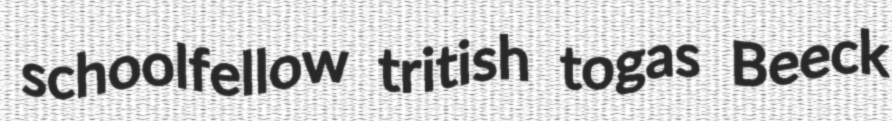
schoolfellow tritish togas Beeck